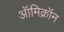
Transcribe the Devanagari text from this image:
ऑमिक्रॉन